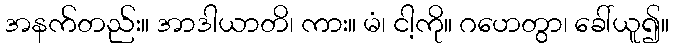
အနက်တည်း။ အာဒါယာတိ၊ ကား။ မံ၊ ငါ့ကို။ ဂဟေတွာ၊ ခေါ်ယူ၍။